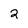
Character: 2